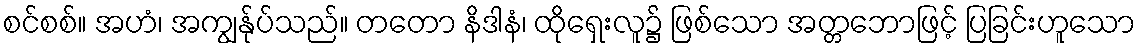
စင်စစ်။ အဟံ၊ အကျွန်ုပ်သည်။ တတော နိဒါနံ၊ ထိုရှေးလူ၌ ဖြစ်သော အတ္တဘောဖြင့် ပြခြင်းဟူသော